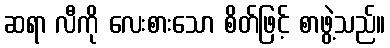
ဆရာ လီကို လေးစားသော စိတ်ဖြင့် စာဖွဲ့သည်။